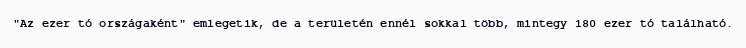
"Az ezer tó országaként" emlegetik, de a területén ennél sokkal több, mintegy 180 ezer tó található.